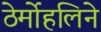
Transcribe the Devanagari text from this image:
ठेर्मोहलिने